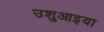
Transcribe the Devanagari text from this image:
उशुआइया